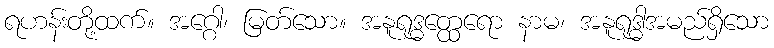
ရဟန်းတို့ထက်။ အဂ္ဂေါ၊ မြတ်သော။ အနူရုဒ္ဓတ္ထေရော နာမ၊ အနူရုဒ္ဓါအမည်ရှိသော